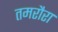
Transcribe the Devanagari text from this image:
तमरौरा